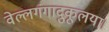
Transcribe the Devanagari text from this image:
वेल्लगंगादुकूलया।